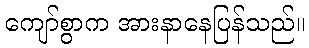
ကျော်စွာက အားနာနေပြန်သည်။